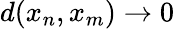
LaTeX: d(x_{n},x_{m})\to 0